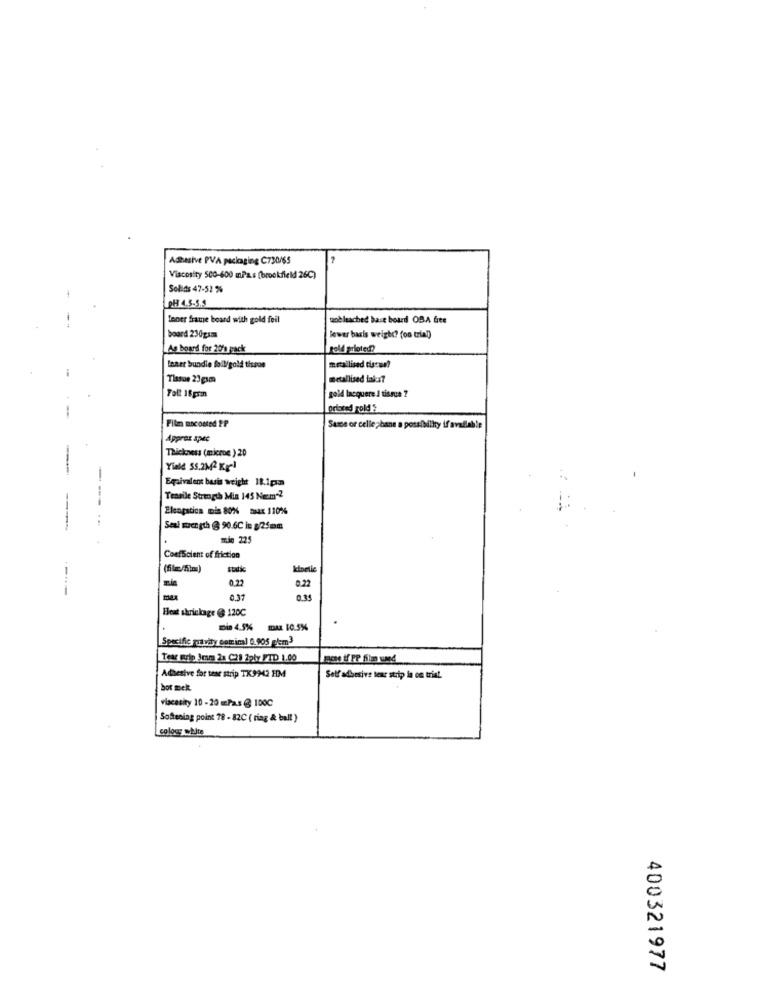
Adhesive PVA packaging C730/65
Viscosity 500-600 mPas (brookfield 26℃)
Solids 47-52 %
pH 4.5.5.5
toner frame board with gold feil
unbleached bast board OB.A free
board 230gsm
lewer baris weight? (on trin!)
As board for 20's pack
geld grioted?
Inner bundle foil/gold tispon
metallised dieou?
Tissue 23gsma
metallised laks?
Foll 18gran
gold lacquere I tissue ?
printed rold S
--
Film naconted 2P
Same or celle ;hane a possibility if available
Approx apec
Thickness (microe ) 20
Yield 55.2M2 xIl
-
Equivalent basis weight 18.1pm
---
Tensile Strength Mia 145 Necm-2
Elcopatioa mis 80% max 110%%
Seal muer gth @ 90.6C in $25mm
min 225
Coefficient of friction
0.22
0.22
0.37
Heat shrinkage @ 120C
min 4.5%%
MAR 10.5%
Specific mutuity comic) G.905 pm3
Tear myip Bram 2x C21 2pły FID 1.00
Adhesive for tese strip TK9942 HM
Self adhesive tear strip is on trial.
bot melt.
viscosity 10 - 20 msPas @ 100℃
Softening point 78 - 82C ( riag & balt )
colocs white
400321977